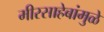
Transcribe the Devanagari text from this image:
मीरसाहेबांमुळे